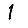
Digit: 1